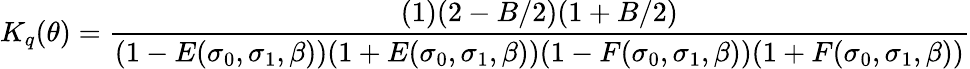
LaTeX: K_{q}(\theta)=\frac{(1)(2-B/2)(1+B/2)}{(1-E(\sigma_{0},\sigma_{1},\beta))(1+E(\sigma_{0},\sigma_{1},\beta))(1-F(\sigma_{0},\sigma_{1},\beta))(1+F(\sigma_{0},\sigma_{1},\beta))}